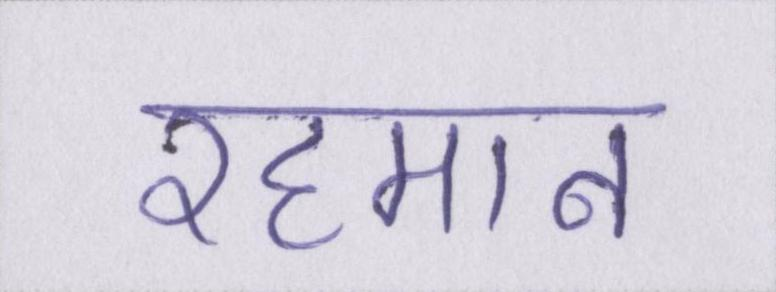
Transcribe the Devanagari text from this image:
रहमान